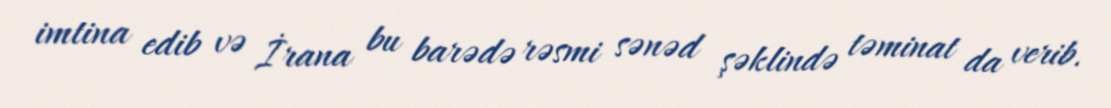
imtina edib və İrana bu barədə rəsmi sənəd şəklində təminat da verib.